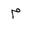
Letter: _mim